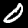
Label: 0